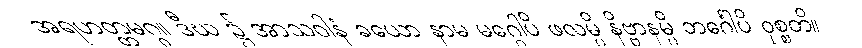
အရဟတ္တမဂ္ဂ။ ဒီဃ ၌ အာသဝါနံ ခယော နာမ မဂ္ဂေါပိ ဖလမ္ပိ နိဗ္ဗာနမ္ပိ ဘင်္ဂေါပိ ဝုစ္စတိ။